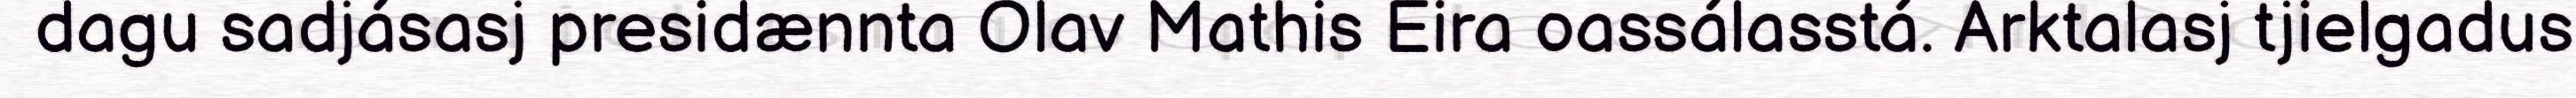
dagu sadjásasj presidænnta Olav Mathis Eira oassálasstá. Arktalasj tjielgadus